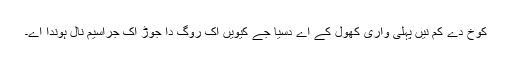
کوخ دے کم نیں پہلی واری کھول کے اے دسیا جے کیویں اک روگ دا جوڑ اک جراسیم نال ہوندا اے۔